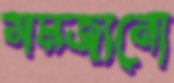
সমজানো